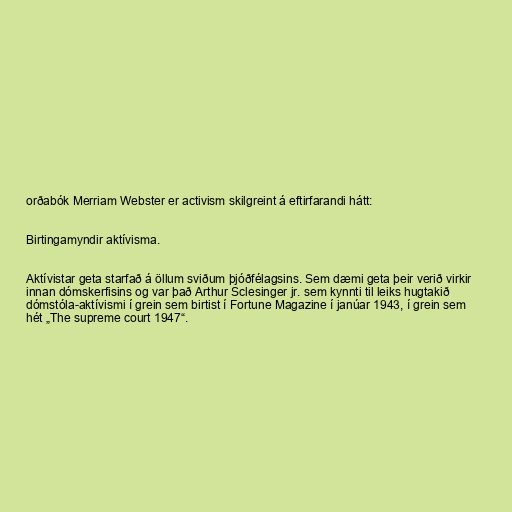
orðabók Merriam Webster er activism skilgreint á eftirfarandi hátt:

Birtingamyndir aktívisma.

Aktívistar geta starfað á öllum sviðum þjóðfélagsins. Sem dæmi geta þeir verið virkir
innan dómskerfisins og var það Arthur Sclesinger jr. sem kynnti til leiks hugtakið
dómstóla-aktívismi í grein sem birtist í Fortune Magazine í janúar 1943, í grein sem
hét „The supreme court 1947“.